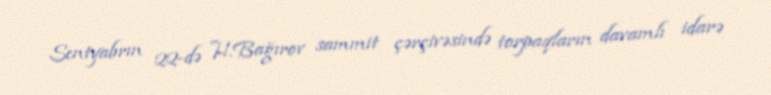
Sentyabrın 22-də H.Bağırov sammit çərçivəsində torpaqların davamlı idarə